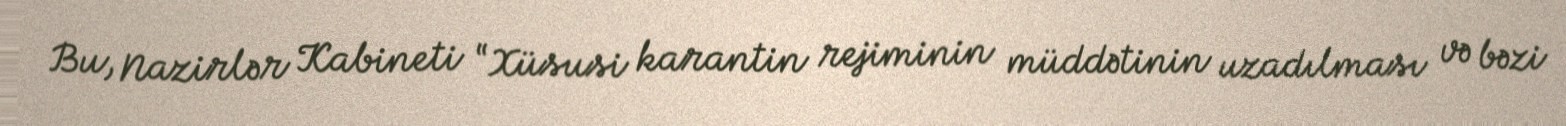
Bu, Nazirlər Kabineti “Xüsusi karantin rejiminin müddətinin uzadılması və bəzi